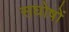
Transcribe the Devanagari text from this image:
सघोषों